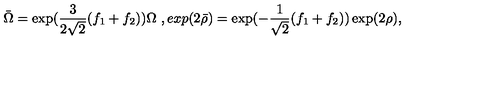
\bar { \Omega } = \exp ( \frac { 3 } { 2 \sqrt { 2 } } ( f _ { 1 } + f _ { 2 } ) ) \Omega \ , e x p ( 2 \bar { \rho } ) = \exp ( - \frac { 1 } { \sqrt { 2 } } ( f _ { 1 } + f _ { 2 } ) ) \exp ( 2 \rho ) ,